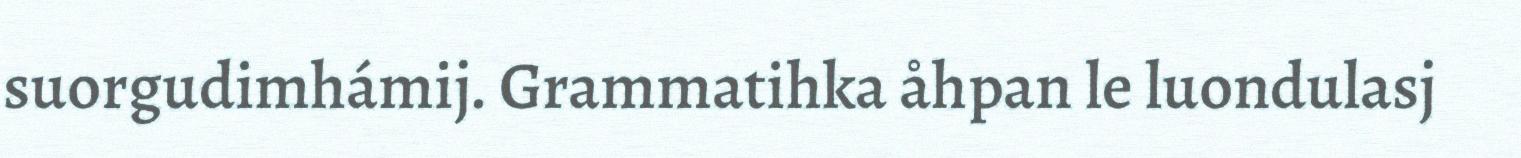
suorgudimhámij. Grammatihka åhpan le luondulasj